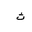
Letter: _tha